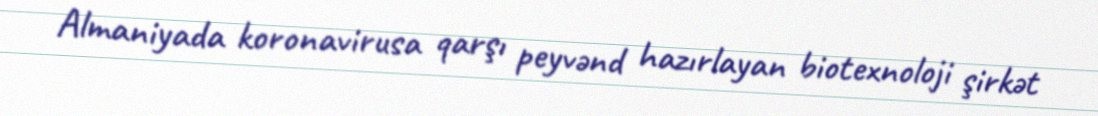
Almaniyada koronavirusa qarşı peyvənd hazırlayan biotexnoloji şirkət